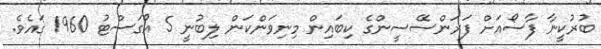
ބުރުކީނާ ފާސޯއަށް ފަރަންސޭސީންގެ ކިބައިން މިނިވަންކަން ލިބުނީ 5 އޯގަސްޓު 1960 ގައެވެ.